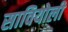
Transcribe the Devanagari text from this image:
सावियोली